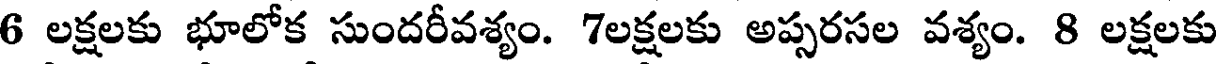
6 లక్షలకు భూలోక సుందరీవశ్యం. 7లక్షలకు అప్సరసల వశ్యం. 8 లక్షలకు